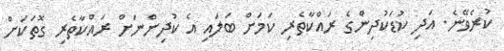
ކުރެވޭނެ. އަދި ކުޑަކުދިންގެ ރައްކާތެރި ކަމަށް ބަލައި އެ ކުދިންނަށް ރައްކާތެރި ގޮތަކަށް